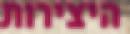
היצירות